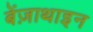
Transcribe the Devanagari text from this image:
बेंज़ाथाइन